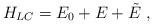
LaTeX: \begin{align*}H_{LC} = E_0 + E + \tilde{E}~,\end{align*}